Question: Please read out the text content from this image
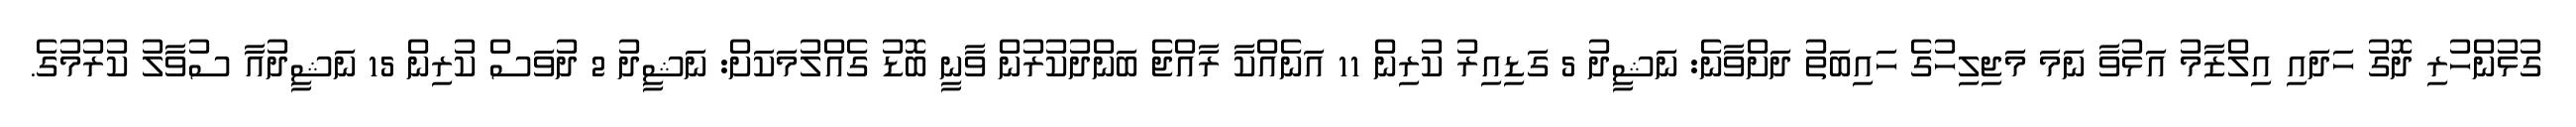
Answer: ގުޅުންހުރި ދޮގު ހަދައި އިލްޒާމު އަޅުވާ ނަމަ މަޖިލިހުގެ ހައިބަތު ދަށްވާނެ: ނަޝީދު 5 ގަޑިއިރު ކުރިން 11 އަނެއްކާ ރާއްޖެ ބަންދުކުރުން ވާނީ ބޮޑު ގެއްލުމަކަށް: ނަޝީދު 2 ދުވަސް ކުރިން 15 ނަޝީދުއާ ސުވާލު ކުރުމުގެ.